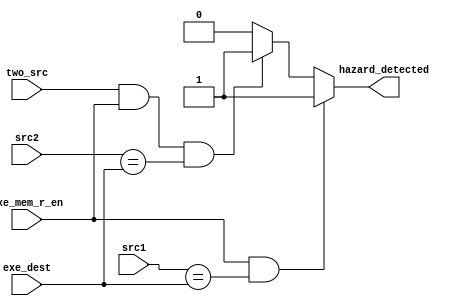
module hazard_detection_unit(
    input [3:0] src1,
    input [3:0] src2,
    input [3:0] exe_dest,
    input exe_mem_r_en,
    input two_src,
    output reg hazard_detected
);


always @(*) begin
    if(exe_mem_r_en && src1 == exe_dest) begin
        hazard_detected <= 1;
    end else if(exe_mem_r_en && src1 == exe_dest) begin
        hazard_detected <= 1;
    end else if(two_src && exe_mem_r_en && src2 == exe_dest) begin
        hazard_detected <= 1;
    end else if(two_src && exe_mem_r_en && src2 == exe_dest) begin
        hazard_detected <= 1;
    end else begin
        hazard_detected <= 0;
    end
end

endmodule // hazard_detection_unit